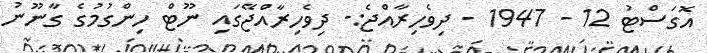
އޮގަސްޓު 12 - 1947 - ދިވެހިރާއްޖެ:- ދިވެހިރާއްޖޭގައި ނޫޓް ހިންގުމުގެ ގާނޫނު